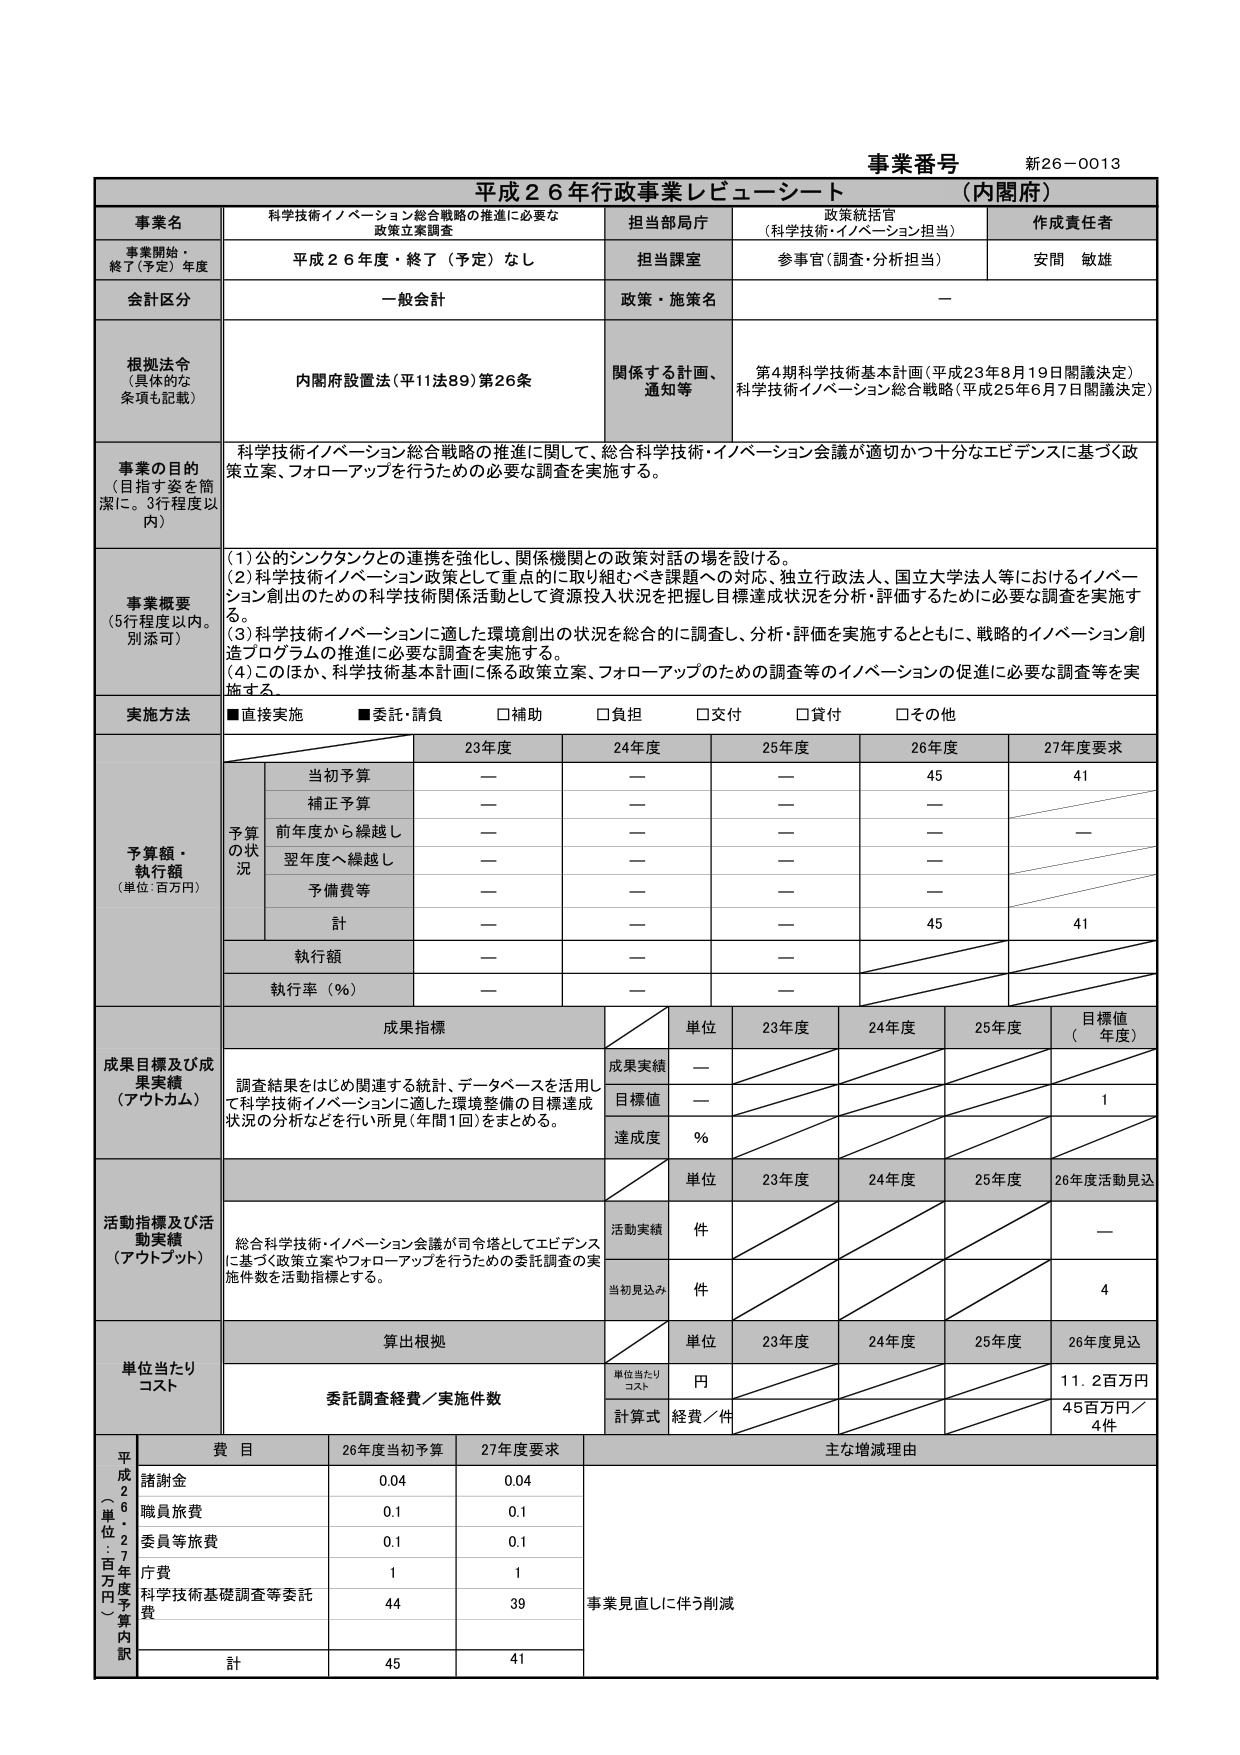
事業番号 新26-0013
平成26年行政事業レビューーシート （内閣府）

事業名 科学技術イノベーション総合戦略の推進に必要な政策立案調査
担当部局庁 政策統括官（科学技術・イノベーション担当）
作成責任者 安間 敏雄

事業開始・終了（予定）年度 平成26年度・終了（予定）なし
担当課室 参事官（調査・分析担当）

会計区分 一般会計
政策・施策名 —

根拠法令（具体的な条項も記載） 内閣府設置法（平11法89）第26条
関係する計画、通知等 第4期科学技術基本計画（平成23年8月19日閣議決定）
科学技術イノベーション総合戦略（平成25年6月7日閣議決定）

事業の目的（目指す姿を簡潔に。3行程度以内）
科学技術イノベーション総合戦略の推進に関して、総合科学技術・イノベーション会議が適切かつ十分なエビデンスに基づく政策立案、フォローアップを行うための必要な調査を実施する。

事業概要（5行程度以内。別添可）
(1) 公的シンクタンクとの連携を強化し、関係機関との政策対話の場を設ける。
(2) 科学技術イノベーション政策として重点的に取り組むべき課題への対応、独立行政法人、国立大学法人等におけるイノベーション創出のための科学技術関係活動として資源投入状況を把握し目標達成状況を分析・評価するために必要な調査を実施する。
(3) 科学技術イノベーションに適した環境創出の状況を総合的に調査し、分析・評価を実施するとともに、戦略的イノベーション創造プログラムの推進に必要な調査を実施する。
(4) このほか、科学技術基本計画に係る政策立案、フォローアップのための調査等のイノベーションの促進に必要な調査等を実施する。

実施方法 ■直接実施 ■委託・請負 □補助 □負担 □交付 □貸付 □その他

予算額・執行額（単位：百万円）
予算の状況
23年度 24年度 25年度 26年度 27年度要求
当初予算 — — — 45 41
補正予算 — — — —
前年度から繰越し — — — — —
翌年度へ繰越し — — — —
予備費等 — — — —
計 — — — 45 41
執行額 — — —
執行率（％） — — —

成果目標及び成果実績（アウトカム）
成果指標
単位 23年度 24年度 25年度 目標値（年度）
成果実績 —
目標値 — 1
達成度 ％

調査結果をはじめ関連する統計、データベースを活用して科学技術イノベーションに適した環境整備の目標達成状況の分析などを行い所見（年間1回）をまとめる。

活動指標及び活動実績（アウトプット）
活動実績
単位 23年度 24年度 25年度 26年度活動見込
件 —
当初見込み 件 4

総合科学技術・イノベーション会議が司令塔としてエビデンスに基づく政策立案やフォローアップを行うための委託調査の実施件数を活動指標とする。

単位当たりコスト
算出根拠
単位当たりコスト
単位 23年度 24年度 25年度 26年度見込
委託調査経費／実施件数
円 11.2百万円
計算式 経費／件 45百万円／4件

平成26（単位：百万円）予算内訳
費目 26年度当初予算 27年度要求 主な増減理由
諸謝金 0.04 0.04
職員旅費 0.1 0.1
委員等旅費 0.1 0.1
庁費 1 1
科学技術基礎調査等委託費 44 39 事業見直しに伴う削減
計 45 41